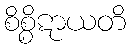
စိစ္စိဋာယတိ